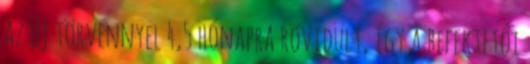
az új törvénnyel 4,5 hónapra rövidült, így a befektetői